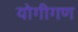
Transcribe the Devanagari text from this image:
योगीगण